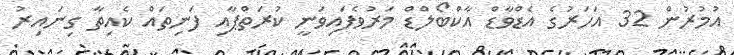
އުމުރުން 32 އަހަރުގެ އެޑްވާޑް އާކްބޯލްޑް މަރުވެފައިވަނީ ކުރަތްޕާއި ފަނިތައް ކެއިތާ ގިނައިރު